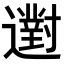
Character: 𨘗